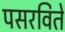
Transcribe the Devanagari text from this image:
पसरविते